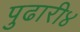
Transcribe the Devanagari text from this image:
पुढारी४